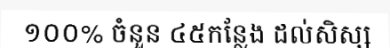
១០០% ចំនួន ៤៥កន្លែង ដល់សិស្ស